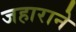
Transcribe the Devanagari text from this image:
जहाराने